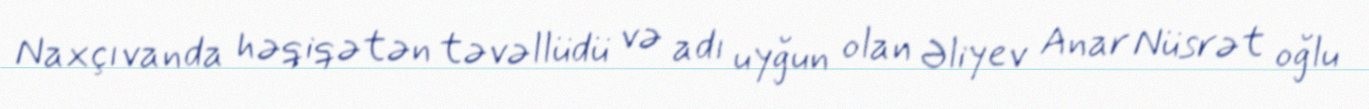
Naxçıvanda həqiqətən təvəllüdü və adı uyğun olan Əliyev Anar Nüsrət oğlu